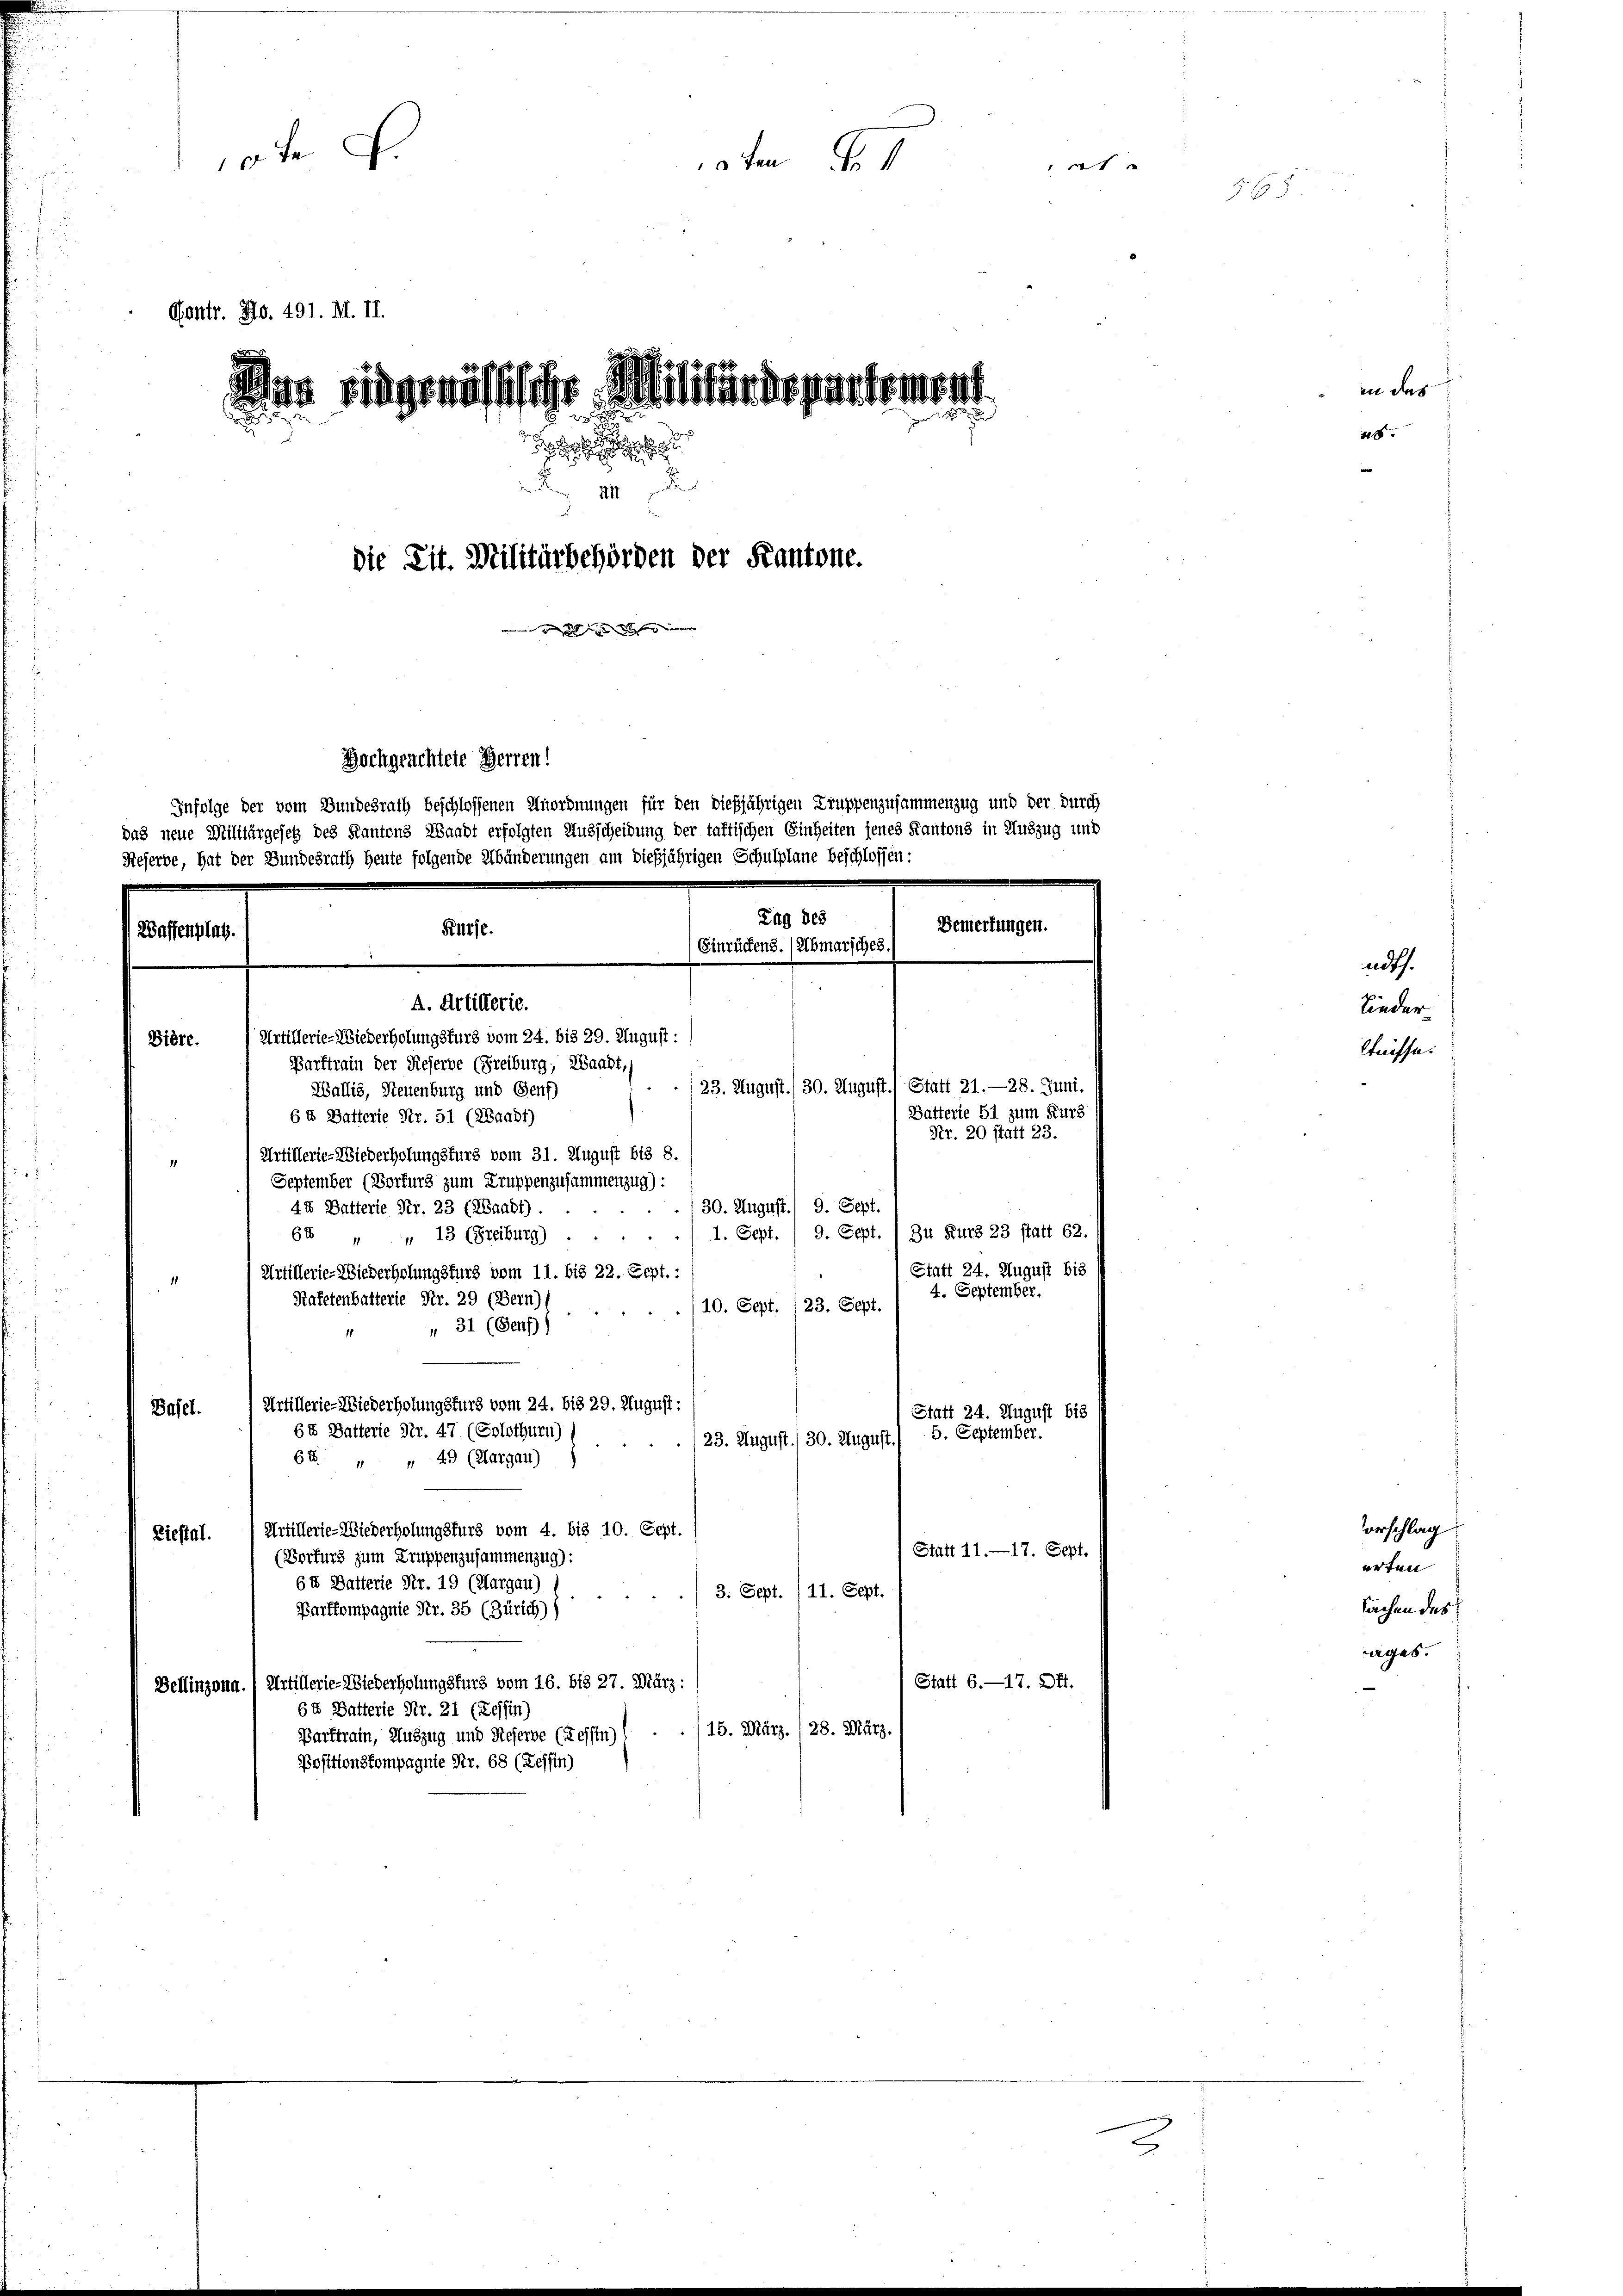
ode d.
0ten
1
Contr. No. 491. M. II.
sas ringenössische Militärdepartement

 III
die Tit. Militärbehörden der Kantone.
   den einer
Hochgeachtete Herren!
Infolge der vom Bundesrath beschlossenen Unordnungen für den dießjährigen Truppenzusammenzug und der durch
das neue Militärgesetz des Kantons Waadt erfolgten Ausscheidung der taktischen Einheiten jenes Kantons in Auszug und
Reserbe, hat der Bundesrath heute folgende Abänderungen am dießjährigen Schulplane beschlossen:
Zug des
Bemerkungen.
Pürse.
Waffenplatz.
Einrückens. (Abmarsches. (
A. Artillerie.
Siöre. (Artillerie-Wiederholungsfurs vom 24. bis 29. August :
Barftratu der Reserbe (Freiburg, Waadt,
123. August./30. August.) Statt 21.—28. Juni.
Wallis, Neuenburg und Genf)
Batterie 51 zum Kurz
6 X Batterie Nr. 51 (2Baad1)
Nr. 20 statt 23.

Artillerie-Wiederholungsfurg vom 31. August bis 8.
September (Borkurs zum Truppenzusammenzug):
./30. August. 9. Sept.
44 Batterle Nr. 23 (RBaabt).
1. Sept. 1 9. Sept. 1 Zu Kurz 23 statt 62.
64 " " 13 (Freiburg)
Statt 24. August bis
Artillerie-Wiederholungsfürs vom 11. bis 22. Sept. :
8
4. September.
Kafetenbalterie Nr. 29 (Bern) ...
10. Sept. (23. Sept.
 31 (Genf)
Artillerie-Wiederholungsfürs vom 24. bis 29. August:
Basel.
Statt 24. August bis
6t Batterie Nr. 47 (Solothurn) s
5. September.
23. August./30. August.
68 " " 49 (Margau)
Artillerie-Wiederholungsfürs vom 4. bis 10. Sept.
Liestal.
Statt 11.—17. Sept.
(Borfurg zum Truppenzusammenzug):
6 u Balterie Nr. 19 (Aargau)
3: Sept./11. Sept.
Parfkompagnie Nr. 35 (Zürich))
Statt 6.—17. Off.
Dellinzonn. Artillerie-Wiederholungsfurs vom 16. bis 27. März :
64 Batterie Nr. 21 (Tessin)
/15. März. 128. März.
Barftrain, Auszug und Rieserbe (Tessin)
Positionskompagnie Nr. 68 (Tessin)

2

in das

2

muth.
lieder.
triffe.

orschlag
erten
Sachen des
ages.